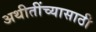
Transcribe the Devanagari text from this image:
अथीतींच्यासाठी